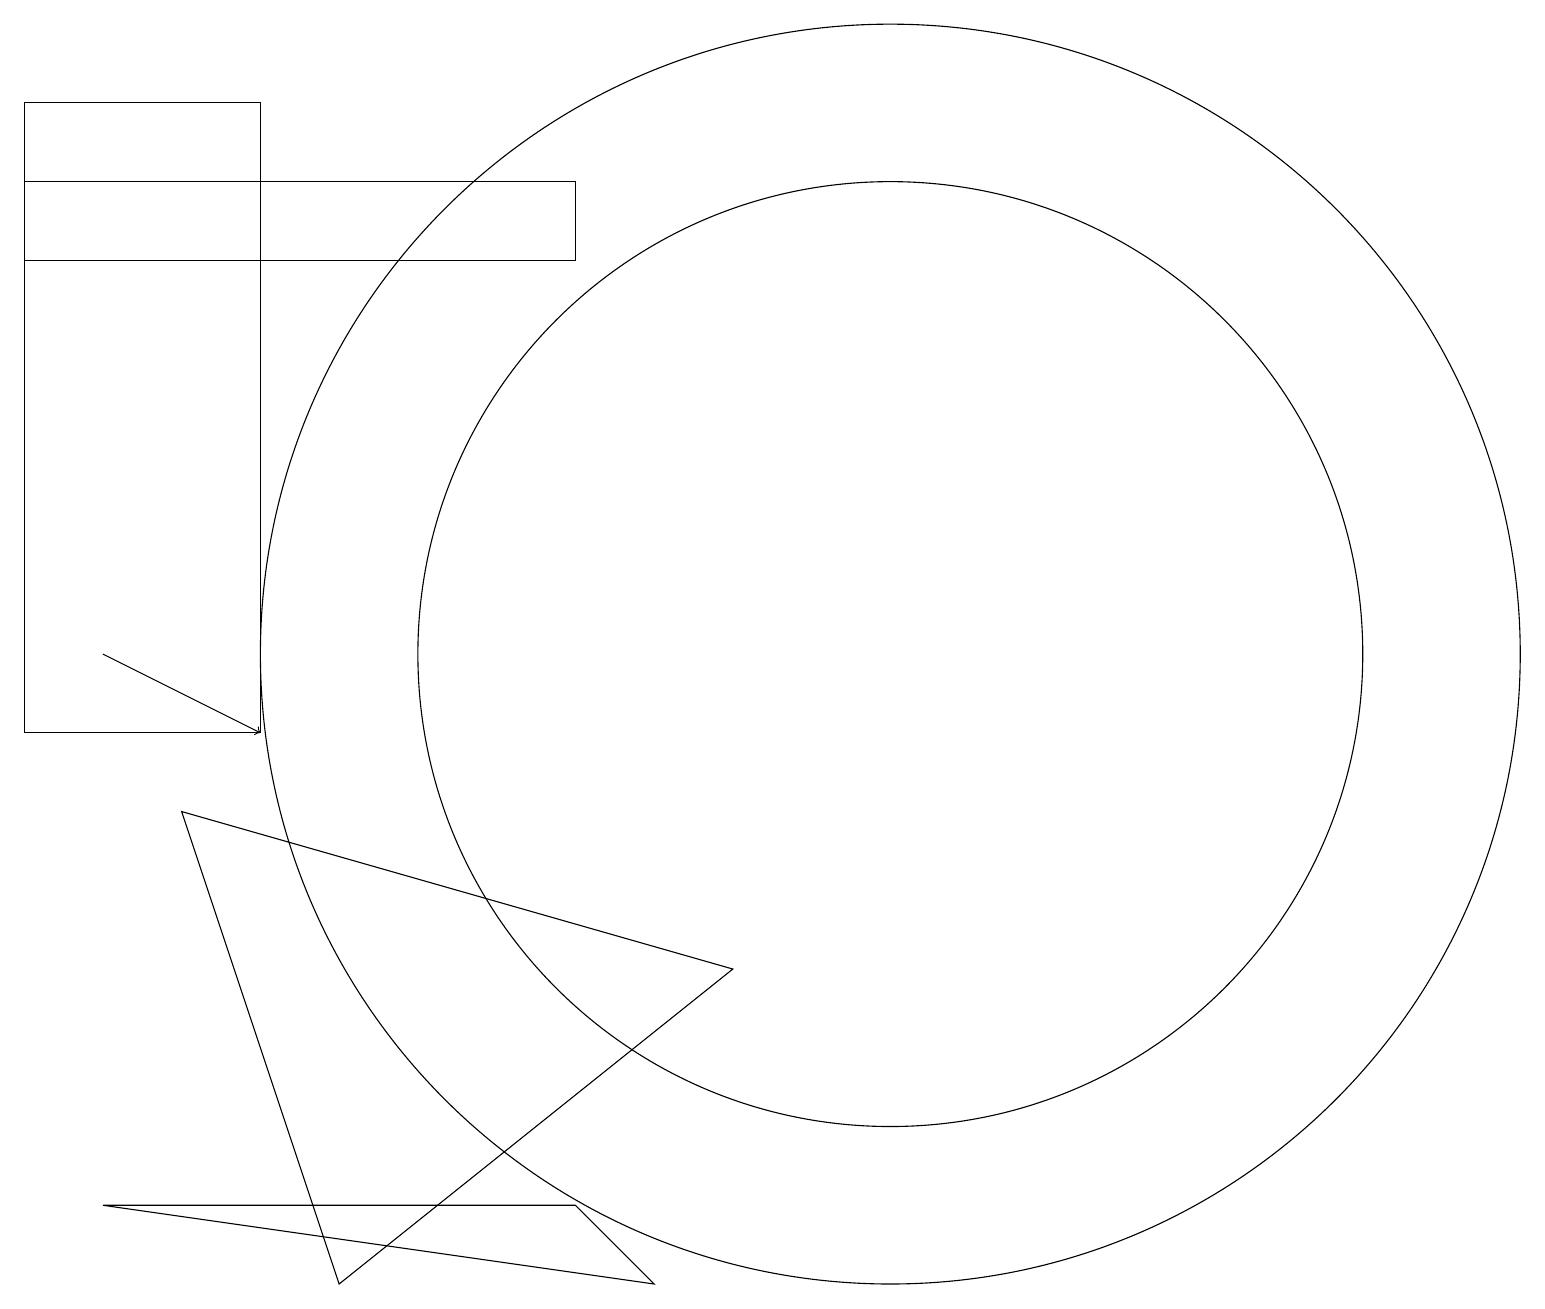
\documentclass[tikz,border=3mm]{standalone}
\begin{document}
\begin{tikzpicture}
\draw (7,4) -- (8,3) -- (1,4) -- cycle;
\draw (7,16) rectangle (0,17);
\draw (11,11) circle (6);
\draw (11,11) circle (8);
\draw[->] (1,11) -- (3,10);
\draw (2,9) -- (4,3) -- (9,7) -- cycle;
\draw (0,18) rectangle (3,10);
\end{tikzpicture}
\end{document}